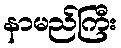
နာမည်ကြီး